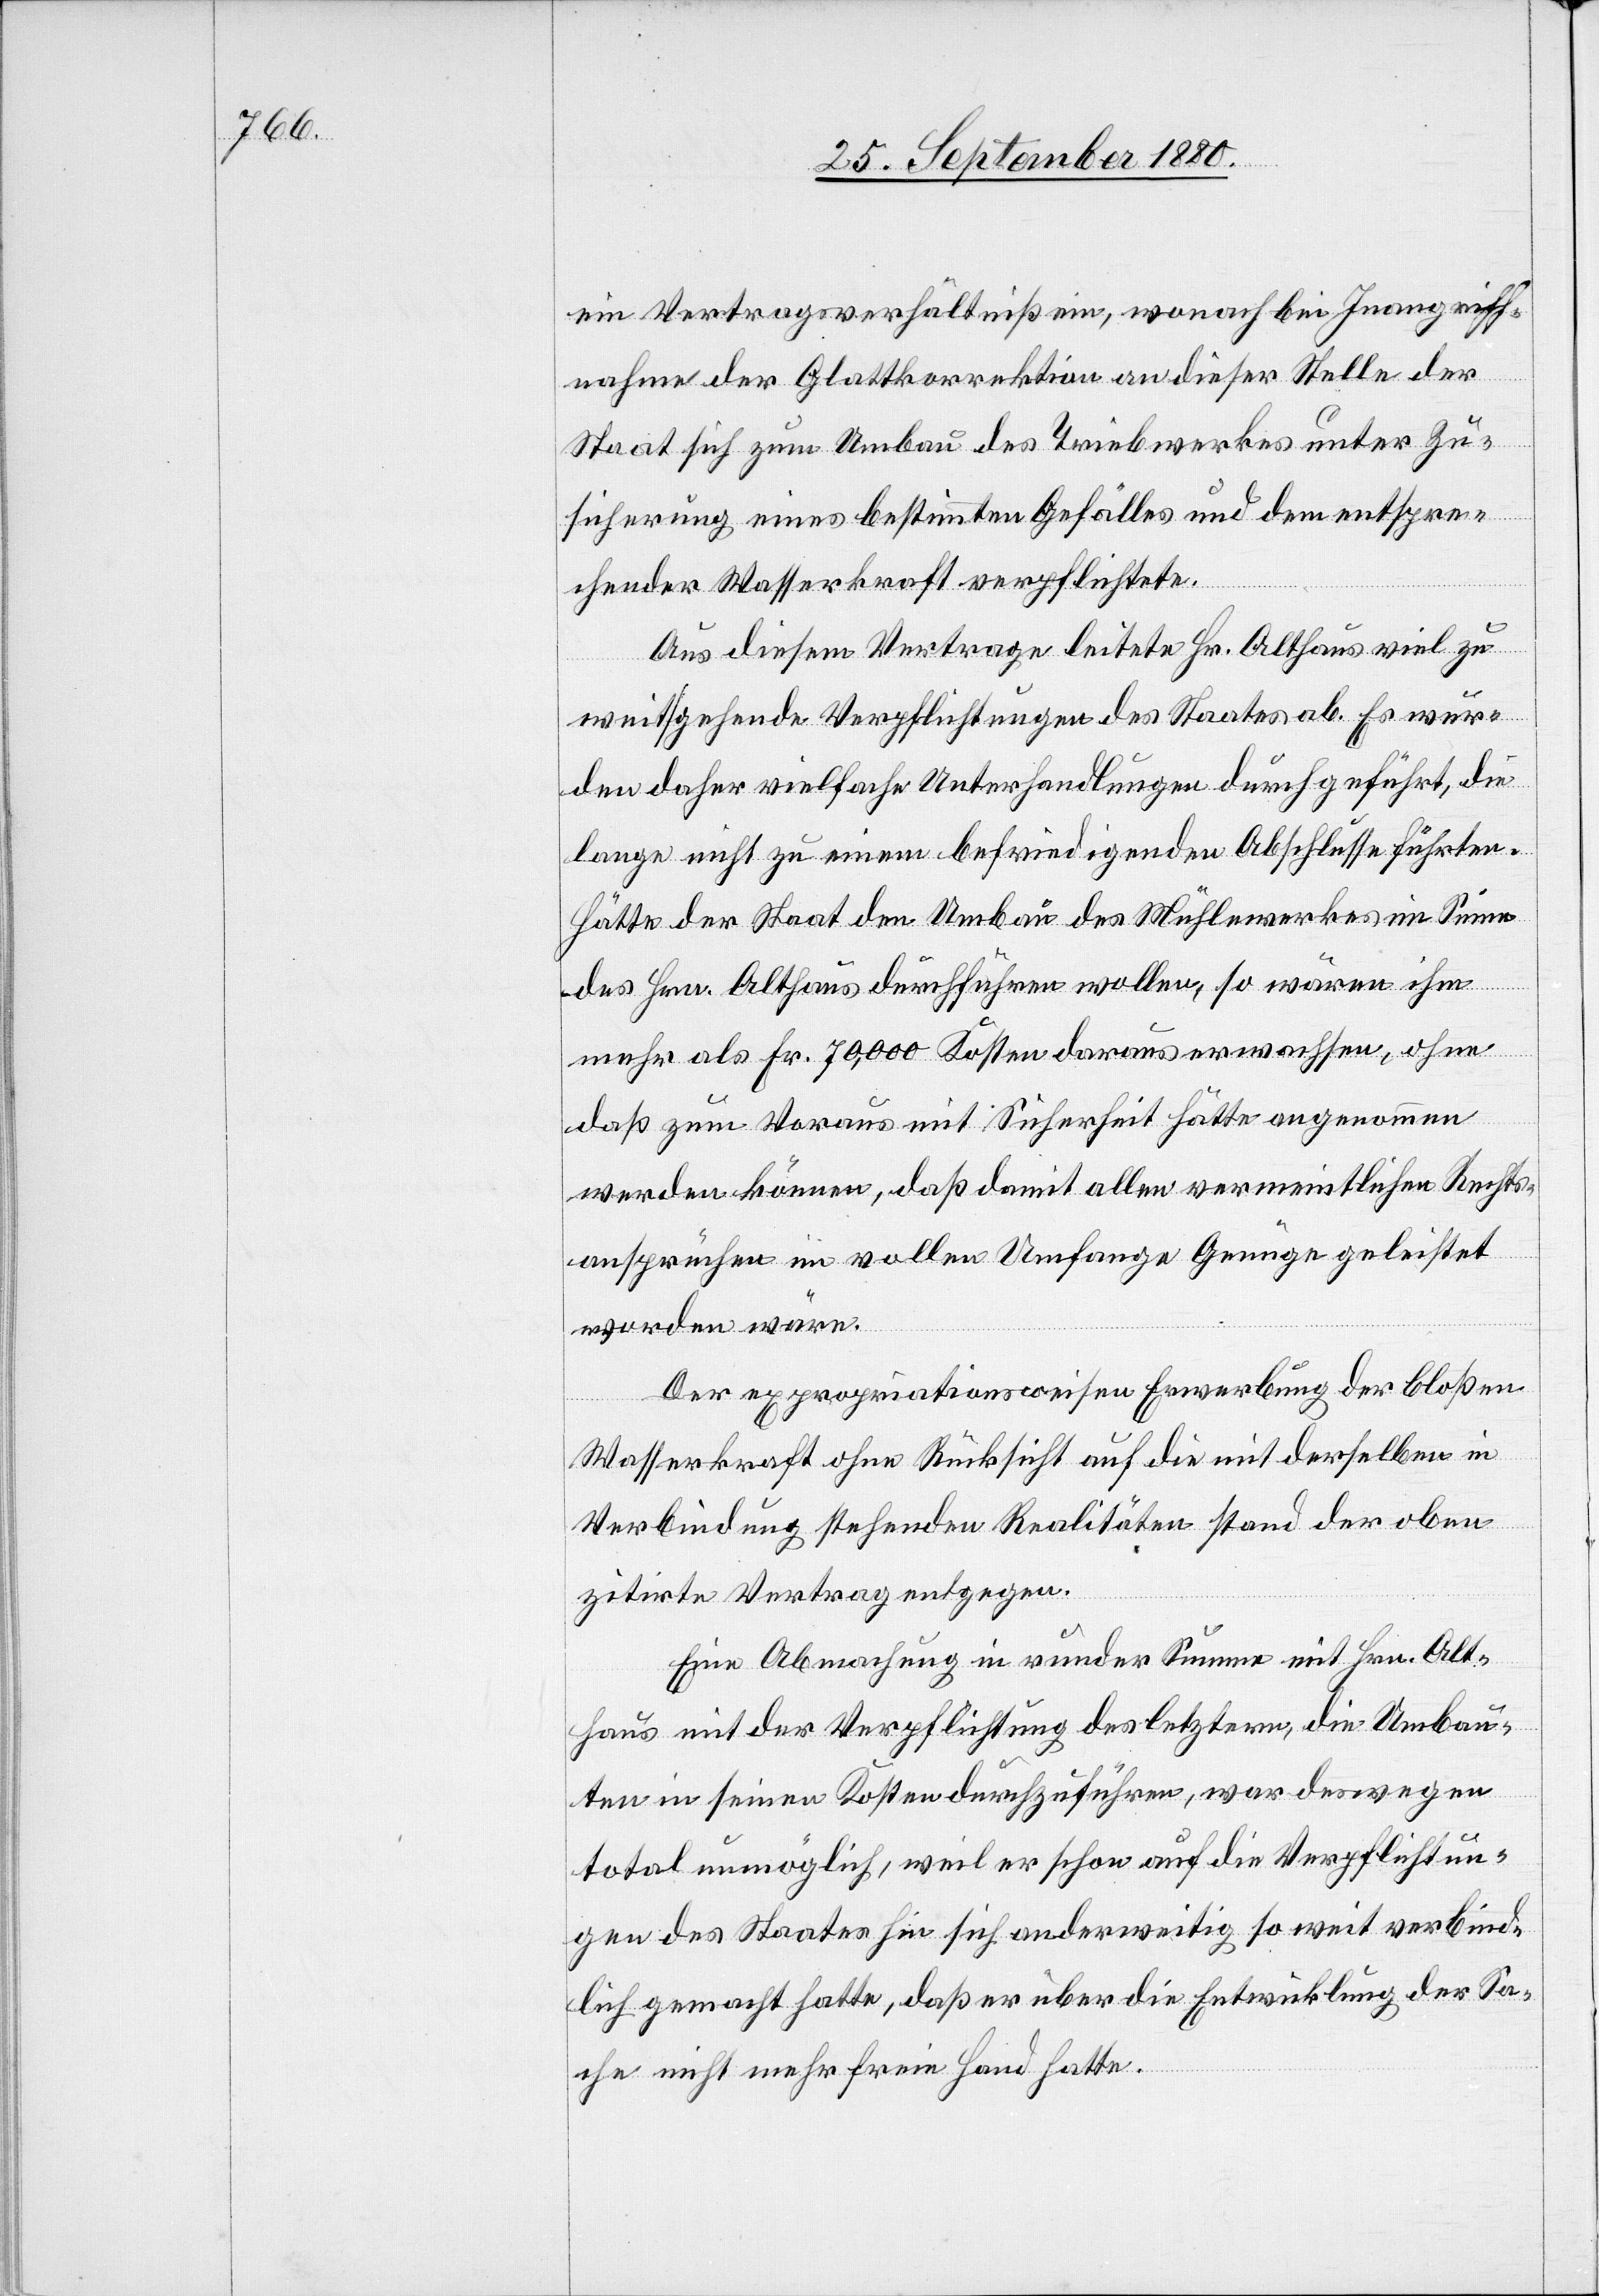
ein Vertragsverhältniß ein, wonach bei Inangriff¬
nahme der Glattkorrektion an dieser Stelle der
Staat sich zum Umbau des Triebwerkes unter Zu¬
sicherung eines bestimmten Gefälles und dem entspre¬
chender Wasserkraft verpflichtete.
Aus diesem Vertrage leitete Hr. Althaus viel zu
weit gehende Verpflichtungen des Staates ab. Es wur¬
den daher vielfache Unterhandlungen durchgeführt, die
lange nicht zu einem befriedigenden Abschlusse führten.
Hätte der Staat den Umbau des Mühlenwerkes im Sinne
des Hrn. Althaus durchführen wollen, so wären ihm
mehr als Fr. 70,000 Kosten daraus erwachsen, ohne
daß zum Voraus mit Sicherheit hätte angenommen
werden können, daß damit allen vermeintlichen Rechts¬
ansprüchen im vollen Umfange Genüge geleistet
worden wäre.
Der expropriationsweisen Erwerbung der bloßen
Wasserkraft ohne Rücksicht auf die mit derselben in
Verbindung stehenden Realitäten stand der oben
zitirte Vertrag entgegen.
Eine Abmachung in runder Summe mit Hrn. Alt¬
haus mit der Verpflichtung des letztern, die Umbau¬
ten in seinen Kosten durchzuführen, war deswegen
total unmöglich, weil er schon auf die Verpflichtun¬
gen des Staates hin sich anderweitig so weit verbind¬
lich gemacht hatte, daß er über die Entwicklung der Sa¬
che nicht mehr freie Hand hatte.